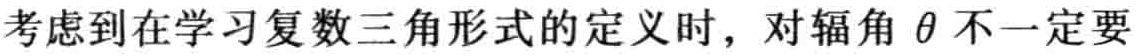
考虑到在学习复数三角形式的定义时，对辐角\(\theta\)不一定要